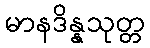
မာနဒိန္နသုတ္တ